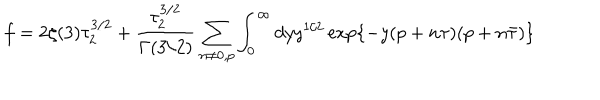
f = 2 \zeta ( 3 ) \tau _ { 2 } ^ { 3 / 2 } + { \frac { \tau _ { 2 } ^ { 3 / 2 } } { \Gamma ( 3 / 2 ) } } \sum _ { n \neq 0 , p } \int _ { 0 } ^ { \infty } d y y ^ { 1 / 2 } \exp \left\{ - y ( p + n \tau ) ( p + n \bar { \tau } ) \right\}